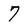
Character: 7